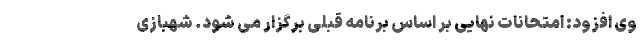
وی افزود: امتحانات نهایی بر اساس برنامه قبلی برگزار می شود. شهبازی